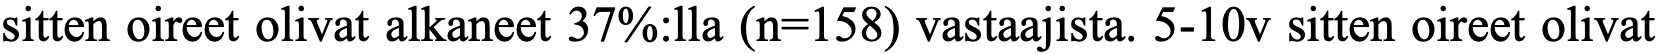
sitten oireet olivat alkaneet 37%:lla (n=158) vastaajista. 5-10v sitten oireet olivat